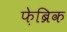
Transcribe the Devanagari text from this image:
फ़ेब्रिक